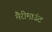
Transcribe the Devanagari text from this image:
मैरीमाउंट